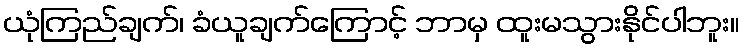
ယုံကြည်ချက်၊ ခံယူချက်ကြောင့် ဘာမှ ထူးမသွားနိုင်ပါဘူး။